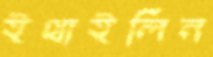
ইথাইলিন